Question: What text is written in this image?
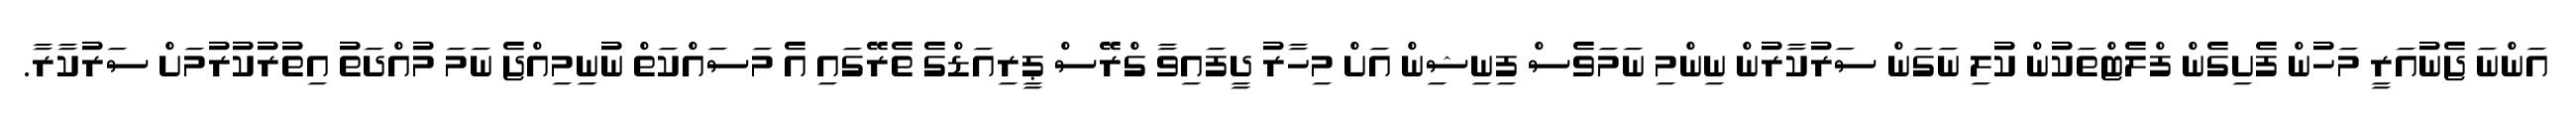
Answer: އަންނަ ޖެނުއަރީ މަހުން ފެށިގެން ފްލެޓްތަކުން ކުލި ނަގަން ސަރުކާރުން ނިންމި ނަމަވެސް ފިނިޝިން އަށް މިހާރު ދީފައިވާ ގްރޭސް ޕީރިއަޑްގެ ތެރޭގައި އެ މަސައްކަތް ނުނިމިއްޖެ ނަމަ މުއްދަތު އިތުރުކުރުމަށް ސަރުކާރާ.